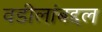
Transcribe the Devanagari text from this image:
वडीलांबद्दल